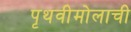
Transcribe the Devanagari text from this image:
पृथवीमोलाची